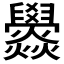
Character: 𤓟